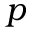
p